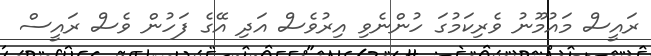
ރައީސް މައުމޫނު ވެރިކަމުގަ ހުންނެވި އިރުވެސް އަދި އޭގެ ފަހުން ވެސް ރައީސް